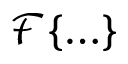
\mathcal { F } \{ \ldots \}